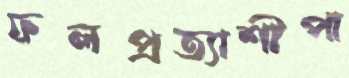
ফলপ্রত্যাশীপা